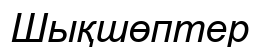
Шықшөптер